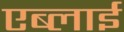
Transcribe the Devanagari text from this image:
एब्लाई